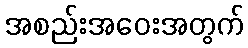
အစည်းအဝေးအတွက်